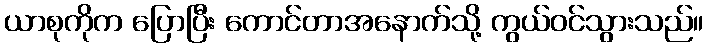
ယာစုကိုက ပြောပြီး ကောင်တာအနောက်သို့ ကွယ်ဝင်သွားသည်။